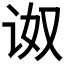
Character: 𰵠